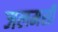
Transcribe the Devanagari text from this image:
जलमसी